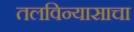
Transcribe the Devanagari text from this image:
तलविन्यासाचा